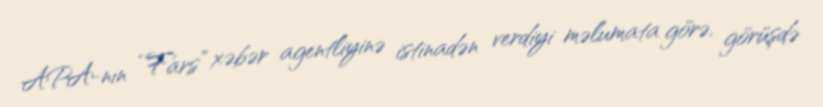
APA-nın “Fars” xəbər agentliyinə istinadən verdiyi məlumata görə, görüşdə